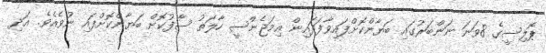
ޕޮލިސީގެ 8ވަނަ ނަންބަރުގައި ބަޔާންކޮށްފައިވާފަދައިން އިމަޖެންސީ ހާލަތު ސާފުކޮށް ބަޔާންކޮށްފައި ނުވެއެވެ. އަދި